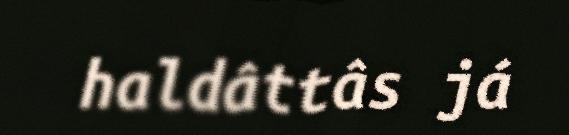
haldâttâs já